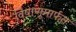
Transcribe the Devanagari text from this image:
विषाणूमार्फत